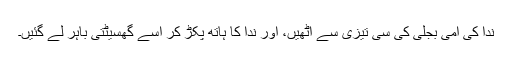
ندا کی امی بجلی کی سی تیزی سے اٹھیں، اور ندا کا ہاتھ پکڑ کر اسے گھسیٹتی باہر لے گئیں۔